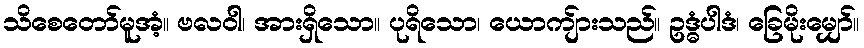
သိစေတော်မူအံ့။ ဗလဝါ၊ အားရှိသော။ ပုရိသော၊ ယောကျ်ားသည်။ ဥဒ္ဓံပါဒံ၊ ခြေမိုးမျှော်။